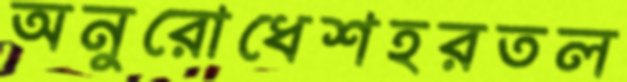
অনুরোধেশহরতল